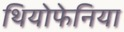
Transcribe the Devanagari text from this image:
थियोफेनिया